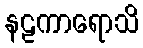
နဠကာရောသိ